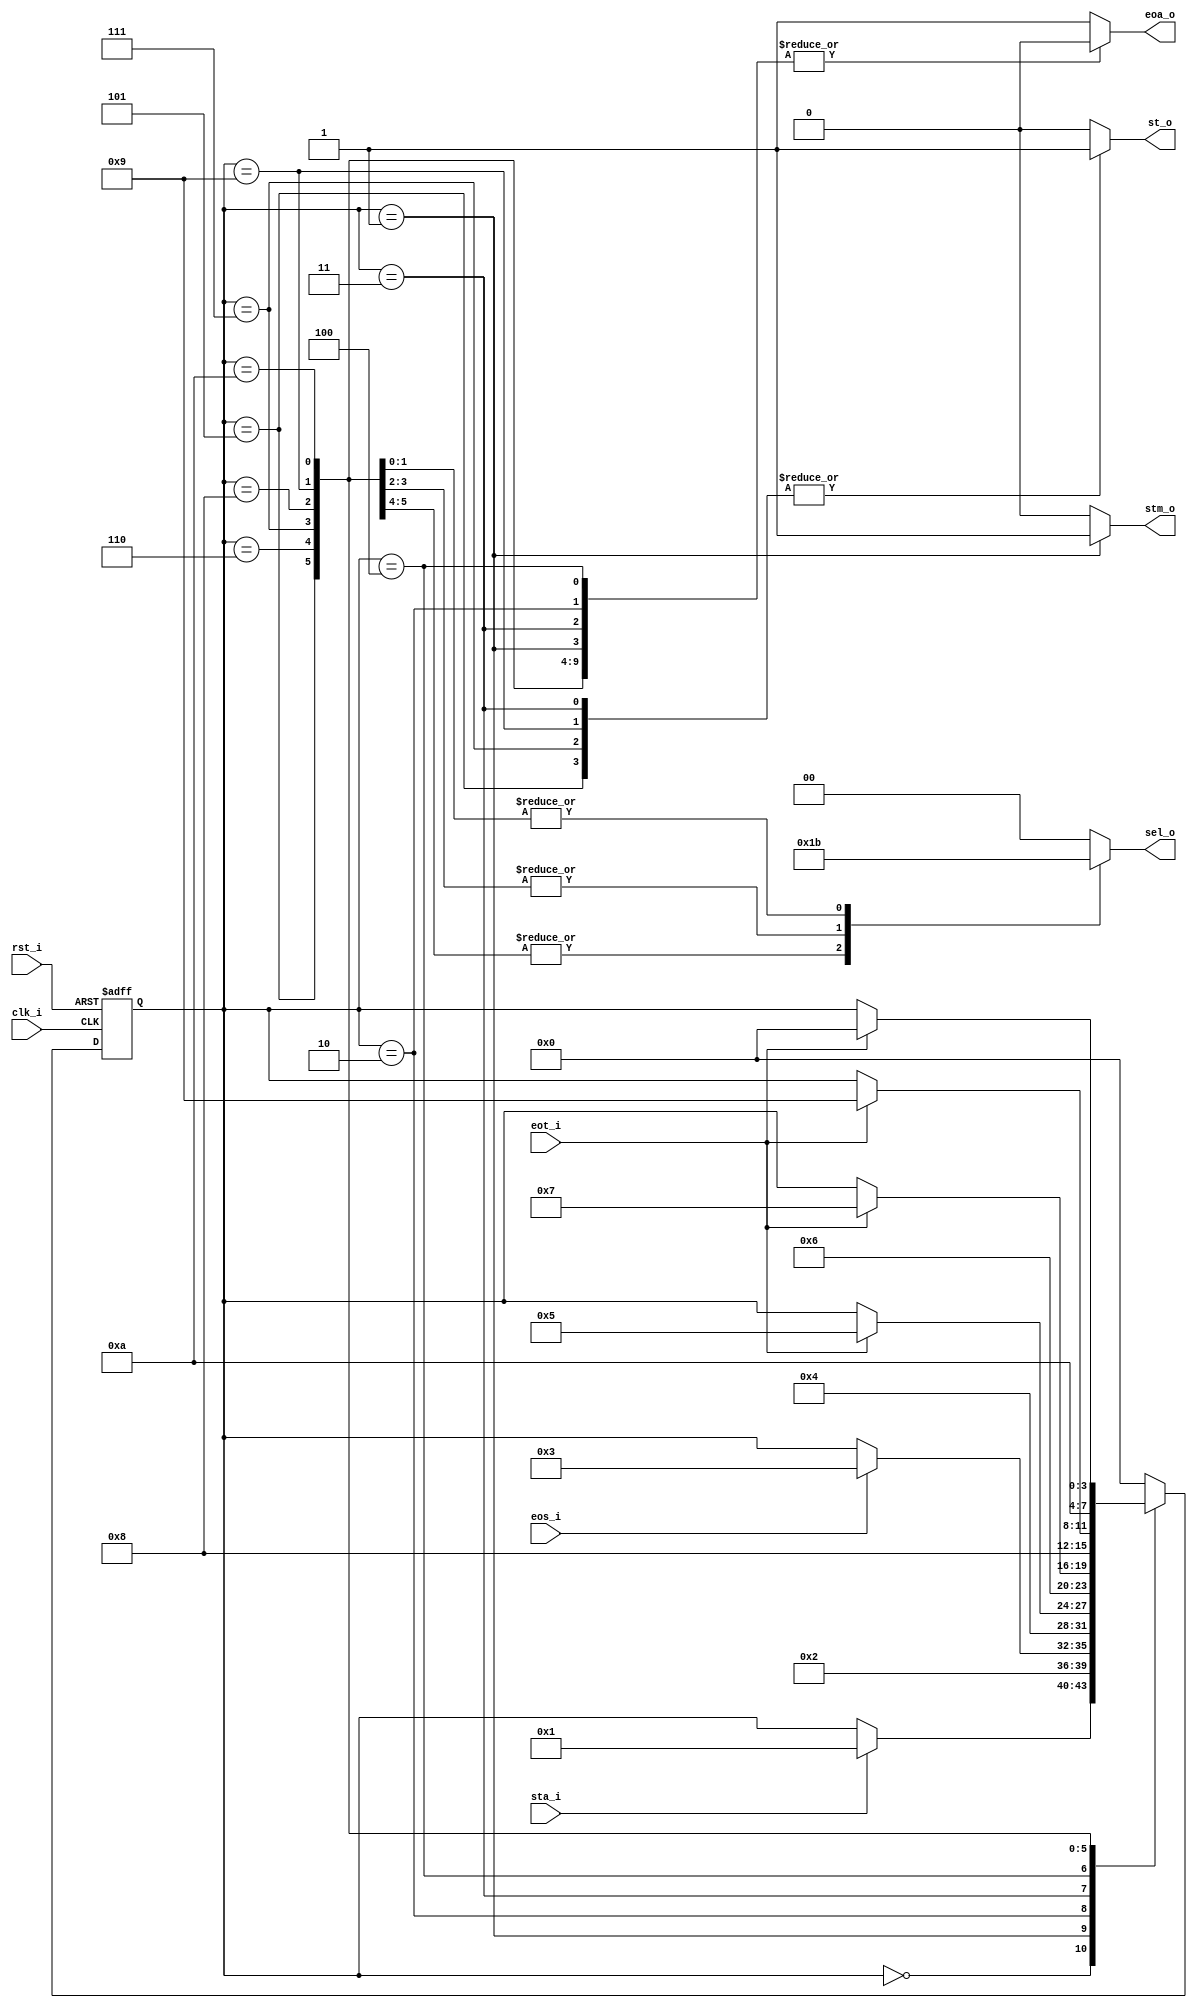
// Name: fsm_spir.v
//
// Description: Maquina de estados utilizada para guardar los datos recibidos del ADC (conversion).

module fsm_adc_tx (
  input            rst_i,
  input            clk_i,
  input            sta_i,
  input            eos_i,
  input            eot_i,
  output reg [1:0] sel_o,
  output reg       stm_o,
  output reg       st_o,
  output reg       eoa_o
);

  localparam [3:0] s0  = 4'b0000, // 
                   s1  = 4'b0001, // 
                   s2  = 4'b0010, //
                   s3  = 4'b0011, //
                   s4  = 4'b0100, //
                   s5  = 4'b0101, //
                   s6  = 4'b0110, //
                   s7  = 4'b0111,
                   s8  = 4'b1000,
                   s9  = 4'b1001,
                   s10 = 4'b1010;

  reg [3:0] next_state, present_state;

  always @(sta_i, eos_i, eot_i, present_state) begin
    sel_o = 2'b00; stm_o = 1'b0; st_o = 1'b0; eoa_o = 1'b1;
    next_state = present_state;
    case (present_state)
      s0 : begin
             sel_o = 2'b00; stm_o = 1'b0; st_o = 1'b0; eoa_o = 1'b1;
             if (sta_i)
               next_state = s1;
           end

      s1 : begin
             sel_o = 2'b00; stm_o = 1'b1; st_o = 1'b0; eoa_o = 1'b0;
             next_state = s2;
           end

      s2 : begin
             sel_o = 2'b00; stm_o = 1'b0; st_o = 1'b0; eoa_o = 1'b0;
             if (eos_i)
               next_state = s3;
           end

      s3 : begin
             sel_o = 2'b00; stm_o = 1'b0; st_o = 1'b1; eoa_o = 1'b0;
             next_state = s4;
           end

      s4 : begin
             sel_o = 2'b00; stm_o = 1'b0; st_o = 1'b0; eoa_o = 1'b0;
             if (eot_i)
               next_state = s5;
           end

       s5 : begin
             sel_o = 2'b01; stm_o = 1'b0; st_o = 1'b1; eoa_o = 1'b0;
             next_state = s6;
           end

       s6 : begin
             sel_o = 2'b01; stm_o = 1'b0; st_o = 1'b0; eoa_o = 1'b0;
             if (eot_i)
               next_state = s7;
           end

       s7 : begin
             sel_o = 2'b10; stm_o = 1'b0; st_o = 1'b1; eoa_o = 1'b0;
             next_state = s8;
           end

       s8 : begin
             sel_o = 2'b10; stm_o = 1'b0; st_o = 1'b0; eoa_o = 1'b0;
             if (eot_i)
               next_state = s9;
           end

       s9 : begin
             sel_o = 2'b11; stm_o = 1'b0; st_o = 1'b1; eoa_o = 1'b0;
             next_state = s10;
           end

      s10 : begin
             sel_o = 2'b11; stm_o = 1'b0; st_o = 1'b0; eoa_o = 1'b0;
             if (eot_i)
               next_state = s0;
           end

      default : begin
                  next_state = s0;
                end
    endcase
  end

  always @(posedge clk_i, posedge rst_i) begin
    if (rst_i)
      present_state <= s0;
    else
      present_state <= next_state;
  end

endmodule